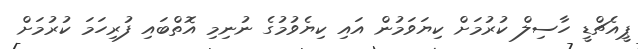
ޕީއެޗްޑީ ހާސިލް ކުރުމަށް ކިޔަވަމުން އައި ކިޔެވުމުގެ ނުނިމި އޮތްބައި ފުރިހަމަ ކުރުމަށް